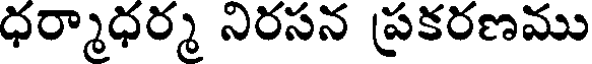
ధర్మాధర్మ నిరసన ప్రకరణము